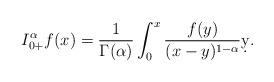
LaTeX: \begin{align*}&I_{0+}^\alpha f(x)=\frac{1}{\Gamma(\alpha)}\int_0^x\frac{f(y)}{(x-y)^{1-\alpha}}\d y.\end{align*}